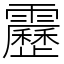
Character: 靂